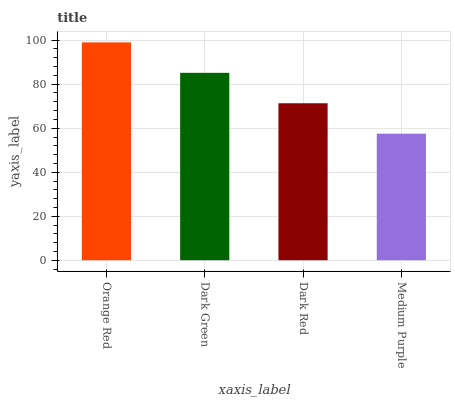
| xaxis_label | bars |
 | --- | --- |
 | Orange Red | 99 |
 | Dark Green | 85.2 |
 | Dark Red | 71.3 |
 | Medium Purple | 57.5 |